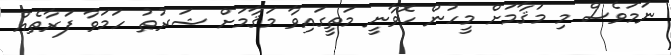
ނަމަވެސް މި މަޤާމަށް މީހުން ހޮވާނީ މަތީގައިވާ މަޤާމަށް ޝަރުޠު ހަމަވާ ފަރާތެއް